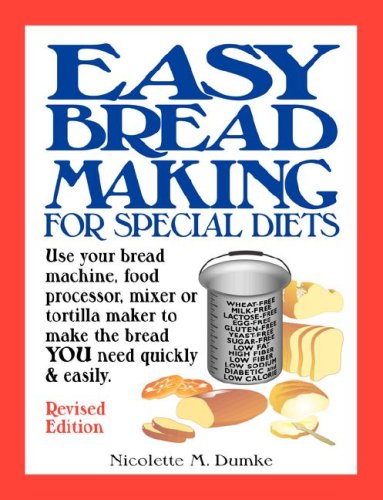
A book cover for Easy Breadmaking for Special Diets: Use Your Bread Machine, Food Processor, Mixer, or Tortilla Maker to Make the Bread YOU Need Quickly and Easily; Nicolette M. Dumke; Cookbooks, Food & Wine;